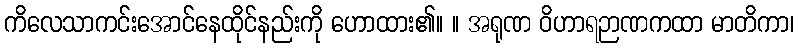
ကိလေသာကင်းအောင်နေထိုင်နည်းကို ဟောထား၏။ ။ အရုဏ ဝိဟာရဉာဏကထာ မာတိကာ၊